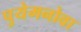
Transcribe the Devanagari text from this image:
पुयेमनोवा